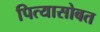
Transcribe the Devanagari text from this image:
पित्यासोबत